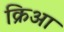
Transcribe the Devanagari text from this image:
क्रिआ